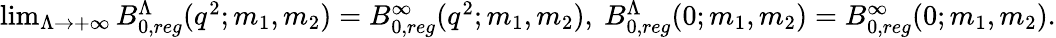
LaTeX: \begin{array}{r}{\operatorname*{lim}_{\Lambda\rightarrow+\infty}B_{0,reg}^{\Lambda}(q^{2};m_{1},m_{2})=B_{0,reg}^{\infty}(q^{2};m_{1},m_{2}),\ B_{0,reg}^{\Lambda}(0;m_{1},m_{2})=B_{0,reg}^{\infty}(0;m_{1},m_{2}).}\end{array}